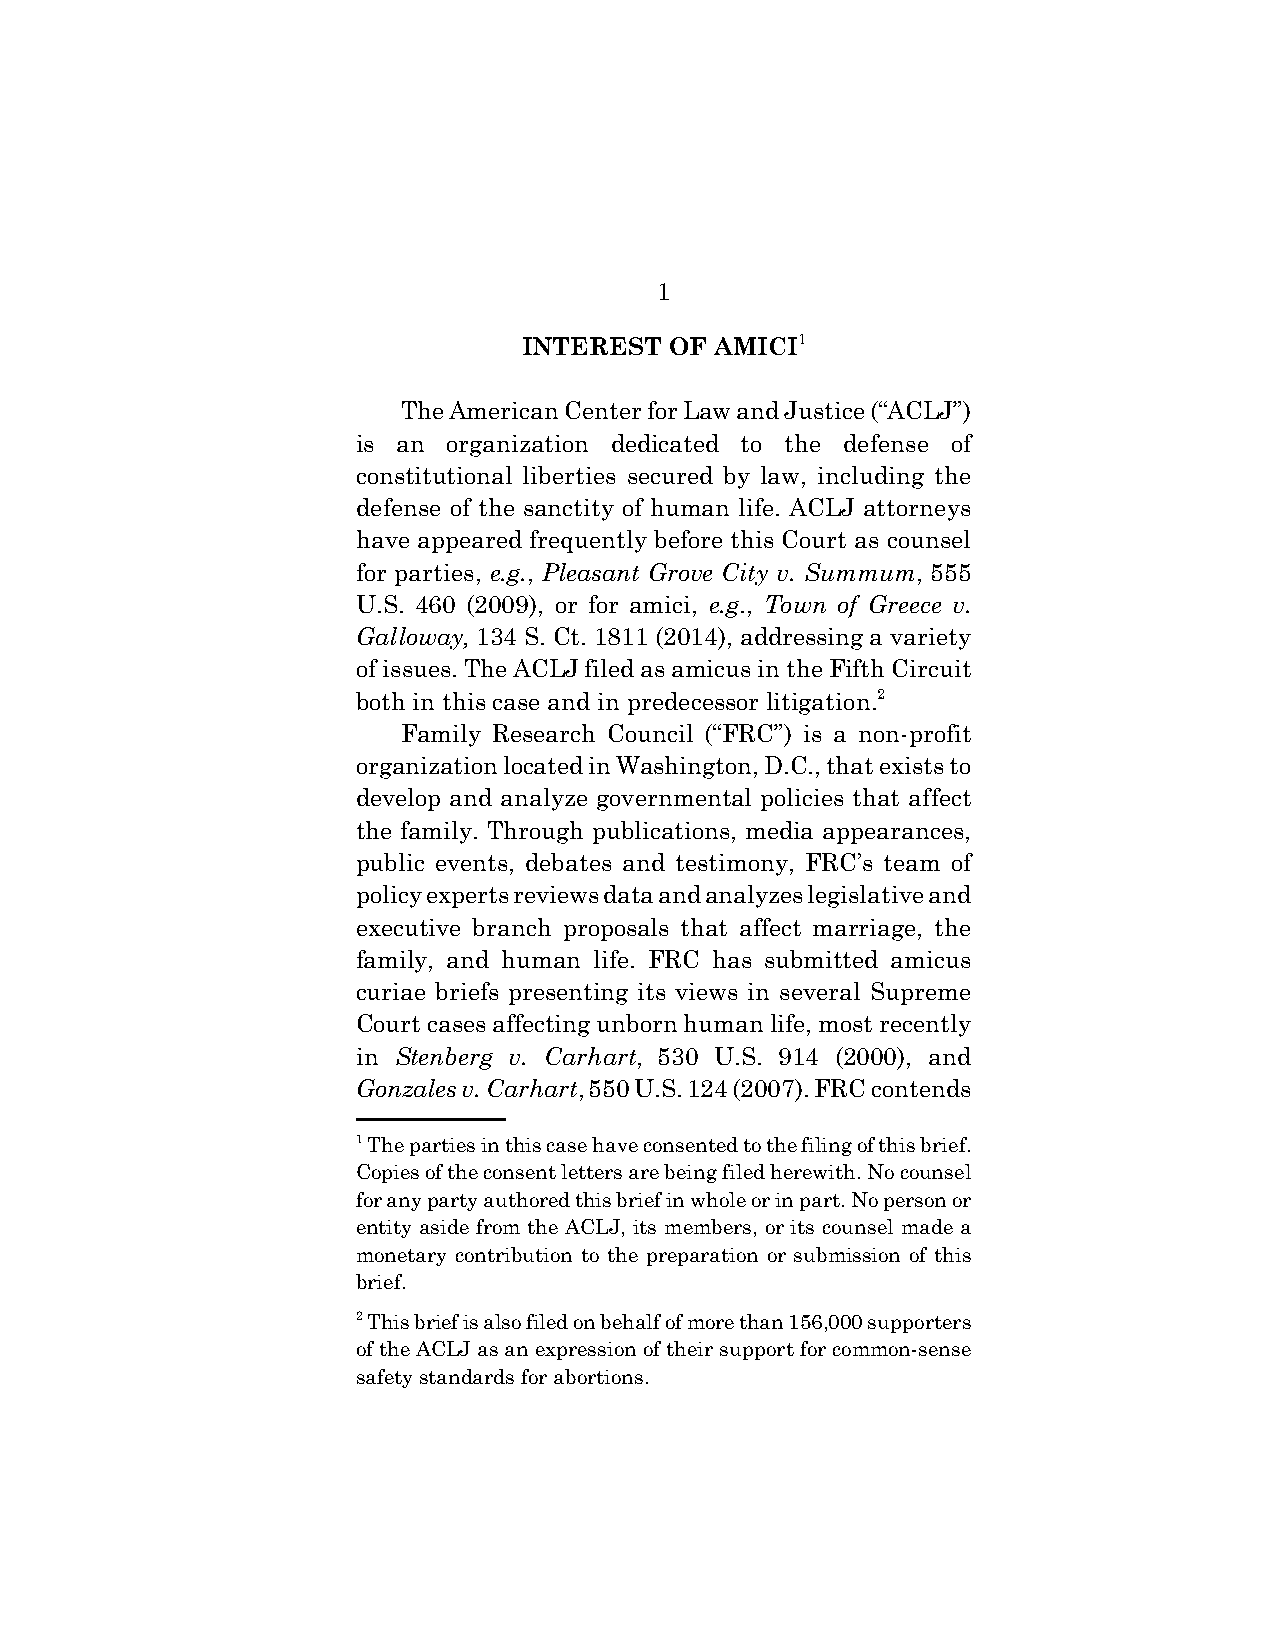
1
 INTEREST  OF AMICI1
 The American Center for Law and Justice (“ACLJ”)
 is an organization dedicated to the defense of
 constitutional liberties secured by law, including the
 defense of the sanctity of human life. ACLJ attorneys
 have appeared frequently before this Court as counsel
 for parties, e.g., Pleasant Grove City v. Summum, 555
 U.S. 460 (2009), or for amici, e.g., Town of Greece v.
 Galloway, 134 S. Ct. 1811 (2014), addressing a variety
 of issues. The ACLJ filed as amicus in the Fifth Circuit
 both in this case and in predecessor litigation.2
 Family Research Council (“FRC”) is a non-profit
 organization located in Washington, D.C., that exists to
 develop and analyze governmental policies that affect
 the family. Through publications, media appearances,
 public events, debates and testimony, FRC’s team of
 policy experts reviews data and analyzes legislative and
 executive branch proposals that affect marriage, the
 family, and human life. FRC has submitted amicus
 curiae briefs presenting its views in several Supreme
 Court cases affecting unborn human life, most recently
 in Stenberg v. Carhart, 530 U.S. 914 (2000), and
 Gonzales v. Carhart, 550 U.S. 124 (2007). FRC contends
 1 The parties in this case have consented to the filing of this brief.
 Copies of the consent letters are being filed herewith. No counsel
 for any party authored this brief in whole or in part. No person or
 entity aside from the ACLJ, its members, or its counsel made a
 monetary contribution to the preparation or submission of this
 brief.
 2 This brief is also filed on behalf of more than 156,000 supporters
 of the ACLJ as an expression of their support for common-sense
 safety standards for abortions.